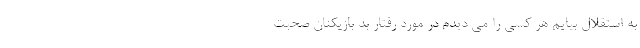
به استقلال بیایم هر کسی را می دیدم در مورد رفتار بد بازیکنان صحبت